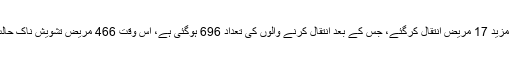
وزیر اعلیٰ سندھ نے کہا کہ گزشتہ 24 گھنٹوں میں مزید 17 مریض انتقال کرگئے، جس کے بعد انتقال کرنے والوں کی تعداد 696 ہوگئی ہے، اس وقت 466 مریض تشویش ناک حالت میں ہیں، جن میں 71 مریض وینٹی لیٹرز پر ہیں۔